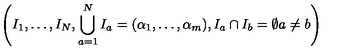
\left( I _ { 1 } , \ldots , I _ { N } , \bigcup _ { a = 1 } ^ { N } I _ { a } = ( \alpha _ { 1 } , \ldots , \alpha _ { m } ) , I _ { a } \cap I _ { b } = \emptyset a \neq b \right)